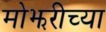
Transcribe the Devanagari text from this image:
मोझरीच्या